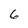
Character: 6